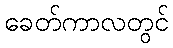
ခေတ်ကာလတွင်